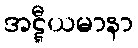
အဋ္ဋီယမာနာ